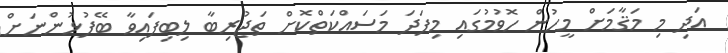
އަދި މި މަޤާމަށް މީހުން ހޮވުމުގައި މިފަދަ މަސައްކަތްކޮށް ތަޖުރިބާ ލިބިފައިވާ ބޭފުޅުންނަށް